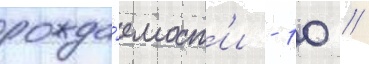
рожда́емост'и - 10 /